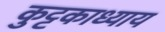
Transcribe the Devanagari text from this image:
कुट्टकाध्याय